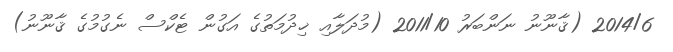
2014/6 (ޤާނޫނު ނަންބަރު 2011/10 (މުދަލާއި ޚިދުމަތުގެ އަގުން ޓެކްސް ނެގުމުގެ ޤާނޫނު)